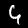
Digit: 4